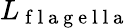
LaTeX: L_{\mathrm{~f~l~a~g~e~l~l~a~}}